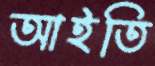
আইতি